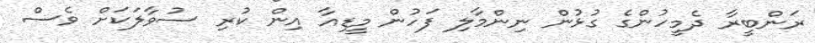
ރަންބީރާ ދެމީހުންގެ ގުޅުން ނިންމާލި ފަހުން މީޑިއާ އިން ކުރި ސުވާލަކަށް ވެސް